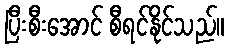
ပြီးစီးအောင် စီရင်နိုင်သည်။